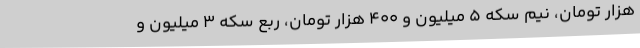
هزار تومان، نیم سکه ۵ میلیون و ۴۰۰ هزار تومان، ربع سکه ۳ میلیون و